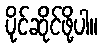
ပိုင်ဆိုင်ဖို့ပါ။